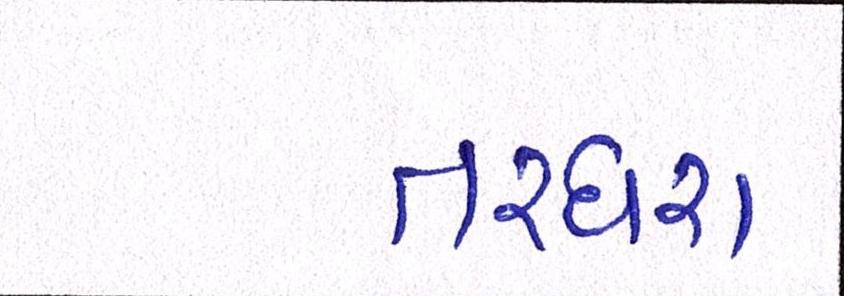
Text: તરઘરા